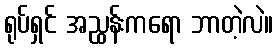
ရုပ်ရှင် အညွှန်းကရော ဘာတဲ့လဲ။